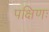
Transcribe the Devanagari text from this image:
पक्षिणः